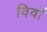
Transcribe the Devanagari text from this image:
विवों